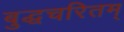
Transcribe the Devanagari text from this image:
बुद्धचरितम्‌